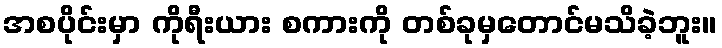
အစပိုင်းမှာ ကိုရီးယား စကားကို တစ်ခုမှတောင်မသိခဲ့ဘူး။